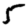
Digit: 5